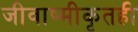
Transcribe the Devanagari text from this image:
जीवाष्मीकृतही